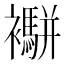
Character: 𧟁